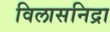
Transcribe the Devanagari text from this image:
विलासनिद्रा